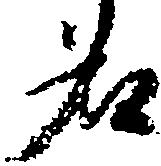
名